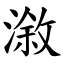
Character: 漵